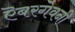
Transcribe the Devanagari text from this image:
ऎबरगेवनी